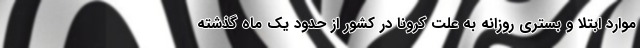
موارد ابتلا و بستری روزانه به علت کرونا در کشور از حدود یک ماه گذشته